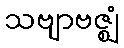
သဗျာဗဇ္ဈံ